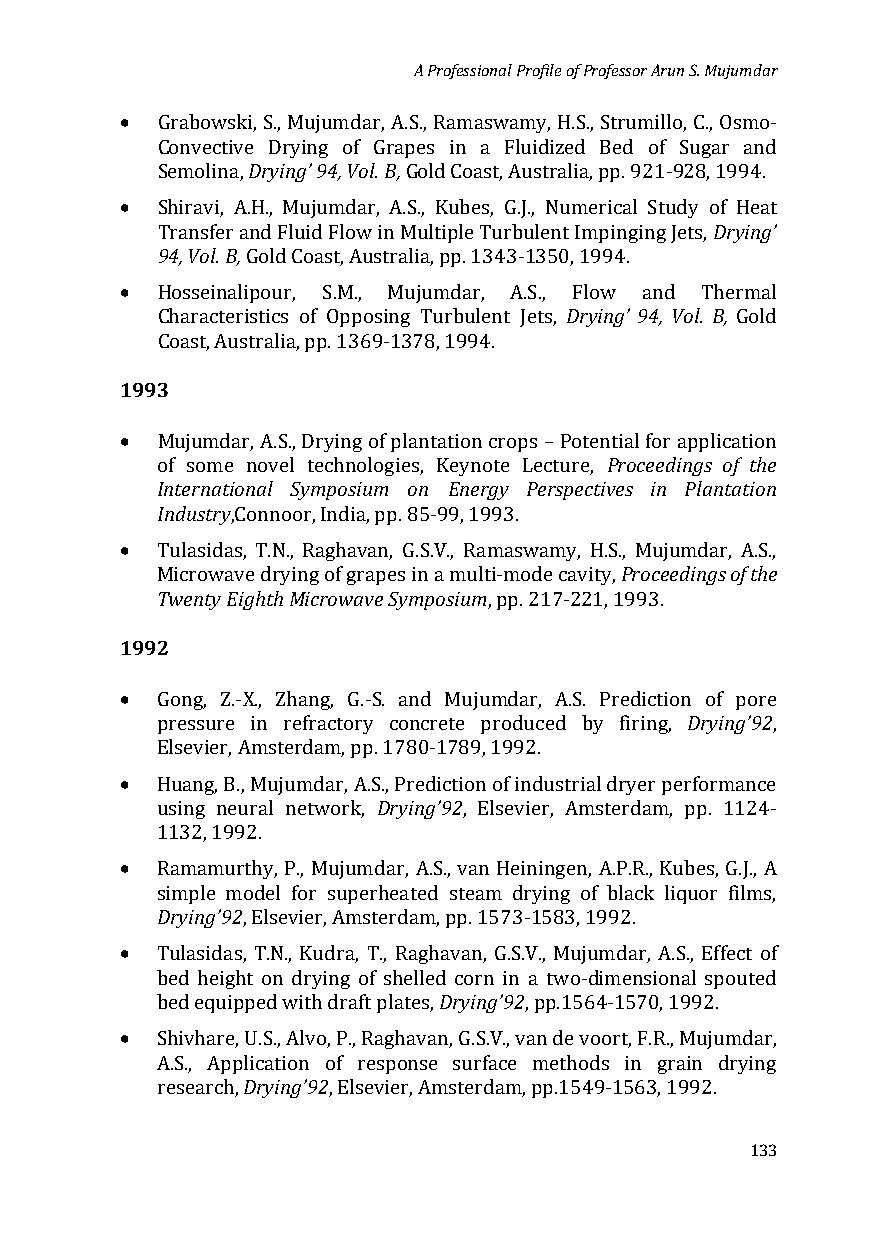
A Professional Profile of Professor Arun S. Mujumdar
 •
 GrabowskiD, rSy.,i nMgu’ j9u4m, Vdoalr. ,B A, .S., Ramaswamy, H.S., Strumillo, C., Osmo-
 Convective Drying of Grapes in a Fluidized Bed of Sugar and
 •
 Semolina,        Gold Coast, Australia, pp. 921-928, 1994.
 Drying’
 S9h4i, rVaovli., BA, .H., Mujumdar, A.S., Kubes, G.J., Numerical Study of Heat
 Transfer and Fluid Flow in Multiple Turbulent Impinging Jets,
 •
 Gold Coast, Australia, pp. 1343-1350, 1994.
 Drying’ 94, Vol. B,
 Hosseinalipour, S.M., Mujumdar, A.S., Flow and Thermal
 Characteristics of Opposing Turbulent Jets, Gold
 1993C oast, Australia, pp. 1369-1378, 1994.
 •
 Proceedings of the
 IMnutejurnmadtiaorn, aAl. S.S, yDmrypionsgiu omf ploanntatEinoenr cgryo pPs e–r sPpoetcetnivteias l fionr aPplpalnictaattiioonn
 oInf dusostmrye novel technologies, Keynote Lecture,
 •
 ,Connoor, India, pp. 85-99, 1993.
 Proceedings of the
 TTwuleanstidy aEsi,g hTt.Nh.M, Ricargohwaavvaen S, yGm.Sp.Vo.s,i uRmamaswamy, H.S., Mujumdar, A.S.,
 Microwave drying of grapes in a multi-mode cavity,
 1992                    , pp. 217-221, 1993.
 •
 Drying’92
 Gong, Z.-X., Zhang, G.-S. and Mujumdar, A.S. Prediction of pore
 pressure in refractory concrete produced by firing, ,
 •
 Elsevier, Amsterdam, pp. 1780-1789, 1992.
 Drying’92
 Huang, B., Mujumdar, A.S., Prediction of industrial dryer performance
 using neural network, , Elsevier, Amsterdam, pp. 1124-
 •
 1132, 1992.
 RDaryminagm’9u2rthy, P., Mujumdar, A.S., van Heiningen, A.P.R., Kubes, G.J., A
 simple model for superheated steam drying of black liquor films,
 •
 , Elsevier, Amsterdam, pp. 1573-1583, 1992.
 Tulasidas, T.N., Kudra, T., RaghDavrayinn, gG’9.S2.V ., M. ujumdar, A.S., Effect of
 bed height on drying of shelled corn in a two-dimensional spouted
 •
 bed equipped with draft plates, ,pp1564-1570, 1992.
 Shivhare, DUr.Sy.i,n Agl’v9o2, P., Raghavan, G.S.V., van de voort, F.R., Mujumdar,
 A.S., Application of response surface methods in grain drying
 research,   , Elsevier, Amsterdam, pp.1549-1563, 1992.
 133